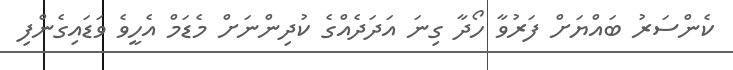
ކެންސަރު ބައްޔަށް ފަރުވާ ހޯދާ ގިނަ އަދަދެއްގެ ކުދިންނަށް މެޑަމް އެހީވެ ވަޑައިގެންފި